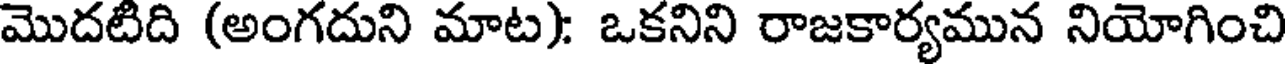
మొదటిది (అంగదుని మాట): ఒకనిని రాజకార్యమున నియోగించి